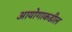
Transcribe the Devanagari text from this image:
आयोगाकडील